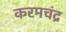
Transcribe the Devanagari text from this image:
करमचंद्र